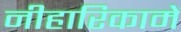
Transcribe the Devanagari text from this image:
नीहारिकामें